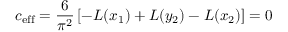
c _ { \mathrm { e f f } } = { \frac { 6 } { \pi ^ { 2 } } } \left[ - { \cal L } ( x _ { 1 } ) + { \cal L } ( y _ { 2 } ) - { \cal L } ( x _ { 2 } ) \right] = 0